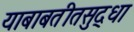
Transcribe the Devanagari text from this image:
याबाबतीतसुद्‌धा